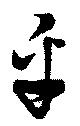
乎